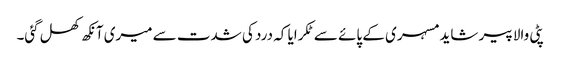
پٹی والا پیر شاید مسہری کے پائے سے ٹکرایا کہ درد کی شدت سے میری آنکھ کھل گئی۔